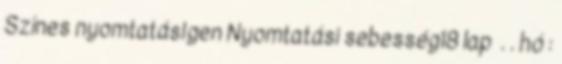
Színes nyomtatásIgen Nyomtatási sebesség18 lap . . hó :